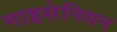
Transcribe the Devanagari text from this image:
माइसेनियन